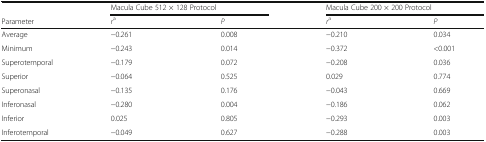
<table><thead><tr><td></td><td colspan="2"><b>Macula Cube 512 × 128 Protocol</b></td><td colspan="2"><b>Macula Cube 200 × 200 Protocol</b></td></tr><tr><td><b>Parameter</b></td><td><b><i>r</i><sup>a</sup></b></td><td><b><i>P</i></b></td><td><b><i>r</i><sup>a</sup></b></td><td><b><i>P</i></b></td></tr></thead><tbody><tr><td>Average</td><td>−0.261</td><td>0.008</td><td>−0.210</td><td>0.034</td></tr><tr><td>Minimum</td><td>−0.243</td><td>0.014</td><td>−0.372</td><td>&lt;0.001</td></tr><tr><td>Superotemporal</td><td>−0.179</td><td>0.072</td><td>−0.208</td><td>0.036</td></tr><tr><td>Superior</td><td>−0.064</td><td>0.525</td><td>0.029</td><td>0.774</td></tr><tr><td>Superonasal</td><td>−0.135</td><td>0.176</td><td>−0.043</td><td>0.669</td></tr><tr><td>Inferonasal</td><td>−0.280</td><td>0.004</td><td>−0.186</td><td>0.062</td></tr><tr><td>Inferior</td><td>0.025</td><td>0.805</td><td>−0.293</td><td>0.003</td></tr><tr><td>Inferotemporal</td><td>−0.049</td><td>0.627</td><td>−0.288</td><td>0.003</td></tr></tbody></table>